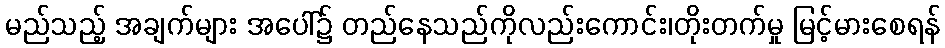
မည်သည့် အချက်များ အပေါ်၌ တည်နေသည်ကိုလည်းကောင်း၊တိုးတက်မှု မြင့်မားစေရန်